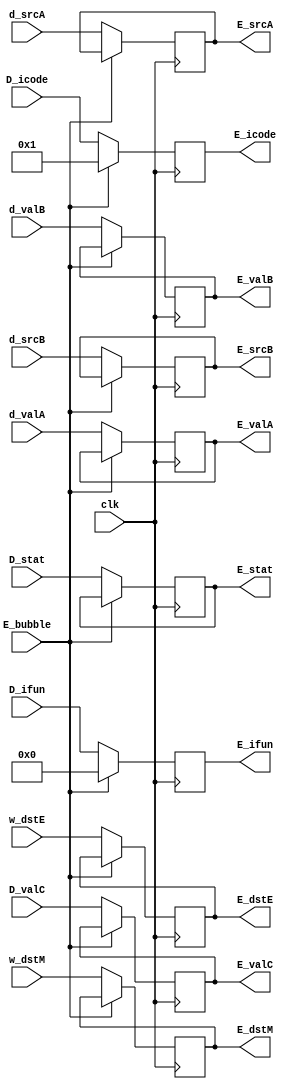
module reg_E(clk,E_stat,E_icode,E_ifun,E_valC,E_valA,E_valB,E_srcA,E_srcB,E_dstE,E_dstM,D_stat,D_icode,D_ifun,D_valC,d_valA,d_valB,d_srcA,d_srcB,w_dstE,w_dstM,E_bubble);

input clk;
input [1:0] D_stat;
input [3:0] D_icode,D_ifun;
input [3:0] d_srcA,d_srcB,w_dstE,w_dstM;
input E_bubble;
input signed [63:0] D_valC,d_valA,d_valB;
output reg [1:0] E_stat;
output reg [3:0] E_icode,E_ifun;
output reg [3:0] E_srcA,E_srcB,E_dstE,E_dstM;
output reg signed [63:0] E_valC,E_valA,E_valB;

always @(posedge clk) begin
    if(!E_bubble)begin
    E_stat<=D_stat;
    E_icode<=D_icode;
    E_ifun<=D_ifun;
    // E_rA<=d_rA;
    // E_rB<=d_rB;
    E_valC<=D_valC;
    E_valA<=d_valA;
    E_valB<=d_valB;
    E_dstE<=w_dstE;
    E_dstM<=w_dstM;
    E_srcA<=d_srcA;
    E_srcB<=d_srcB;
    end
    else begin
        E_icode <= 1;
        E_ifun <= 0;
    end
end

endmodule